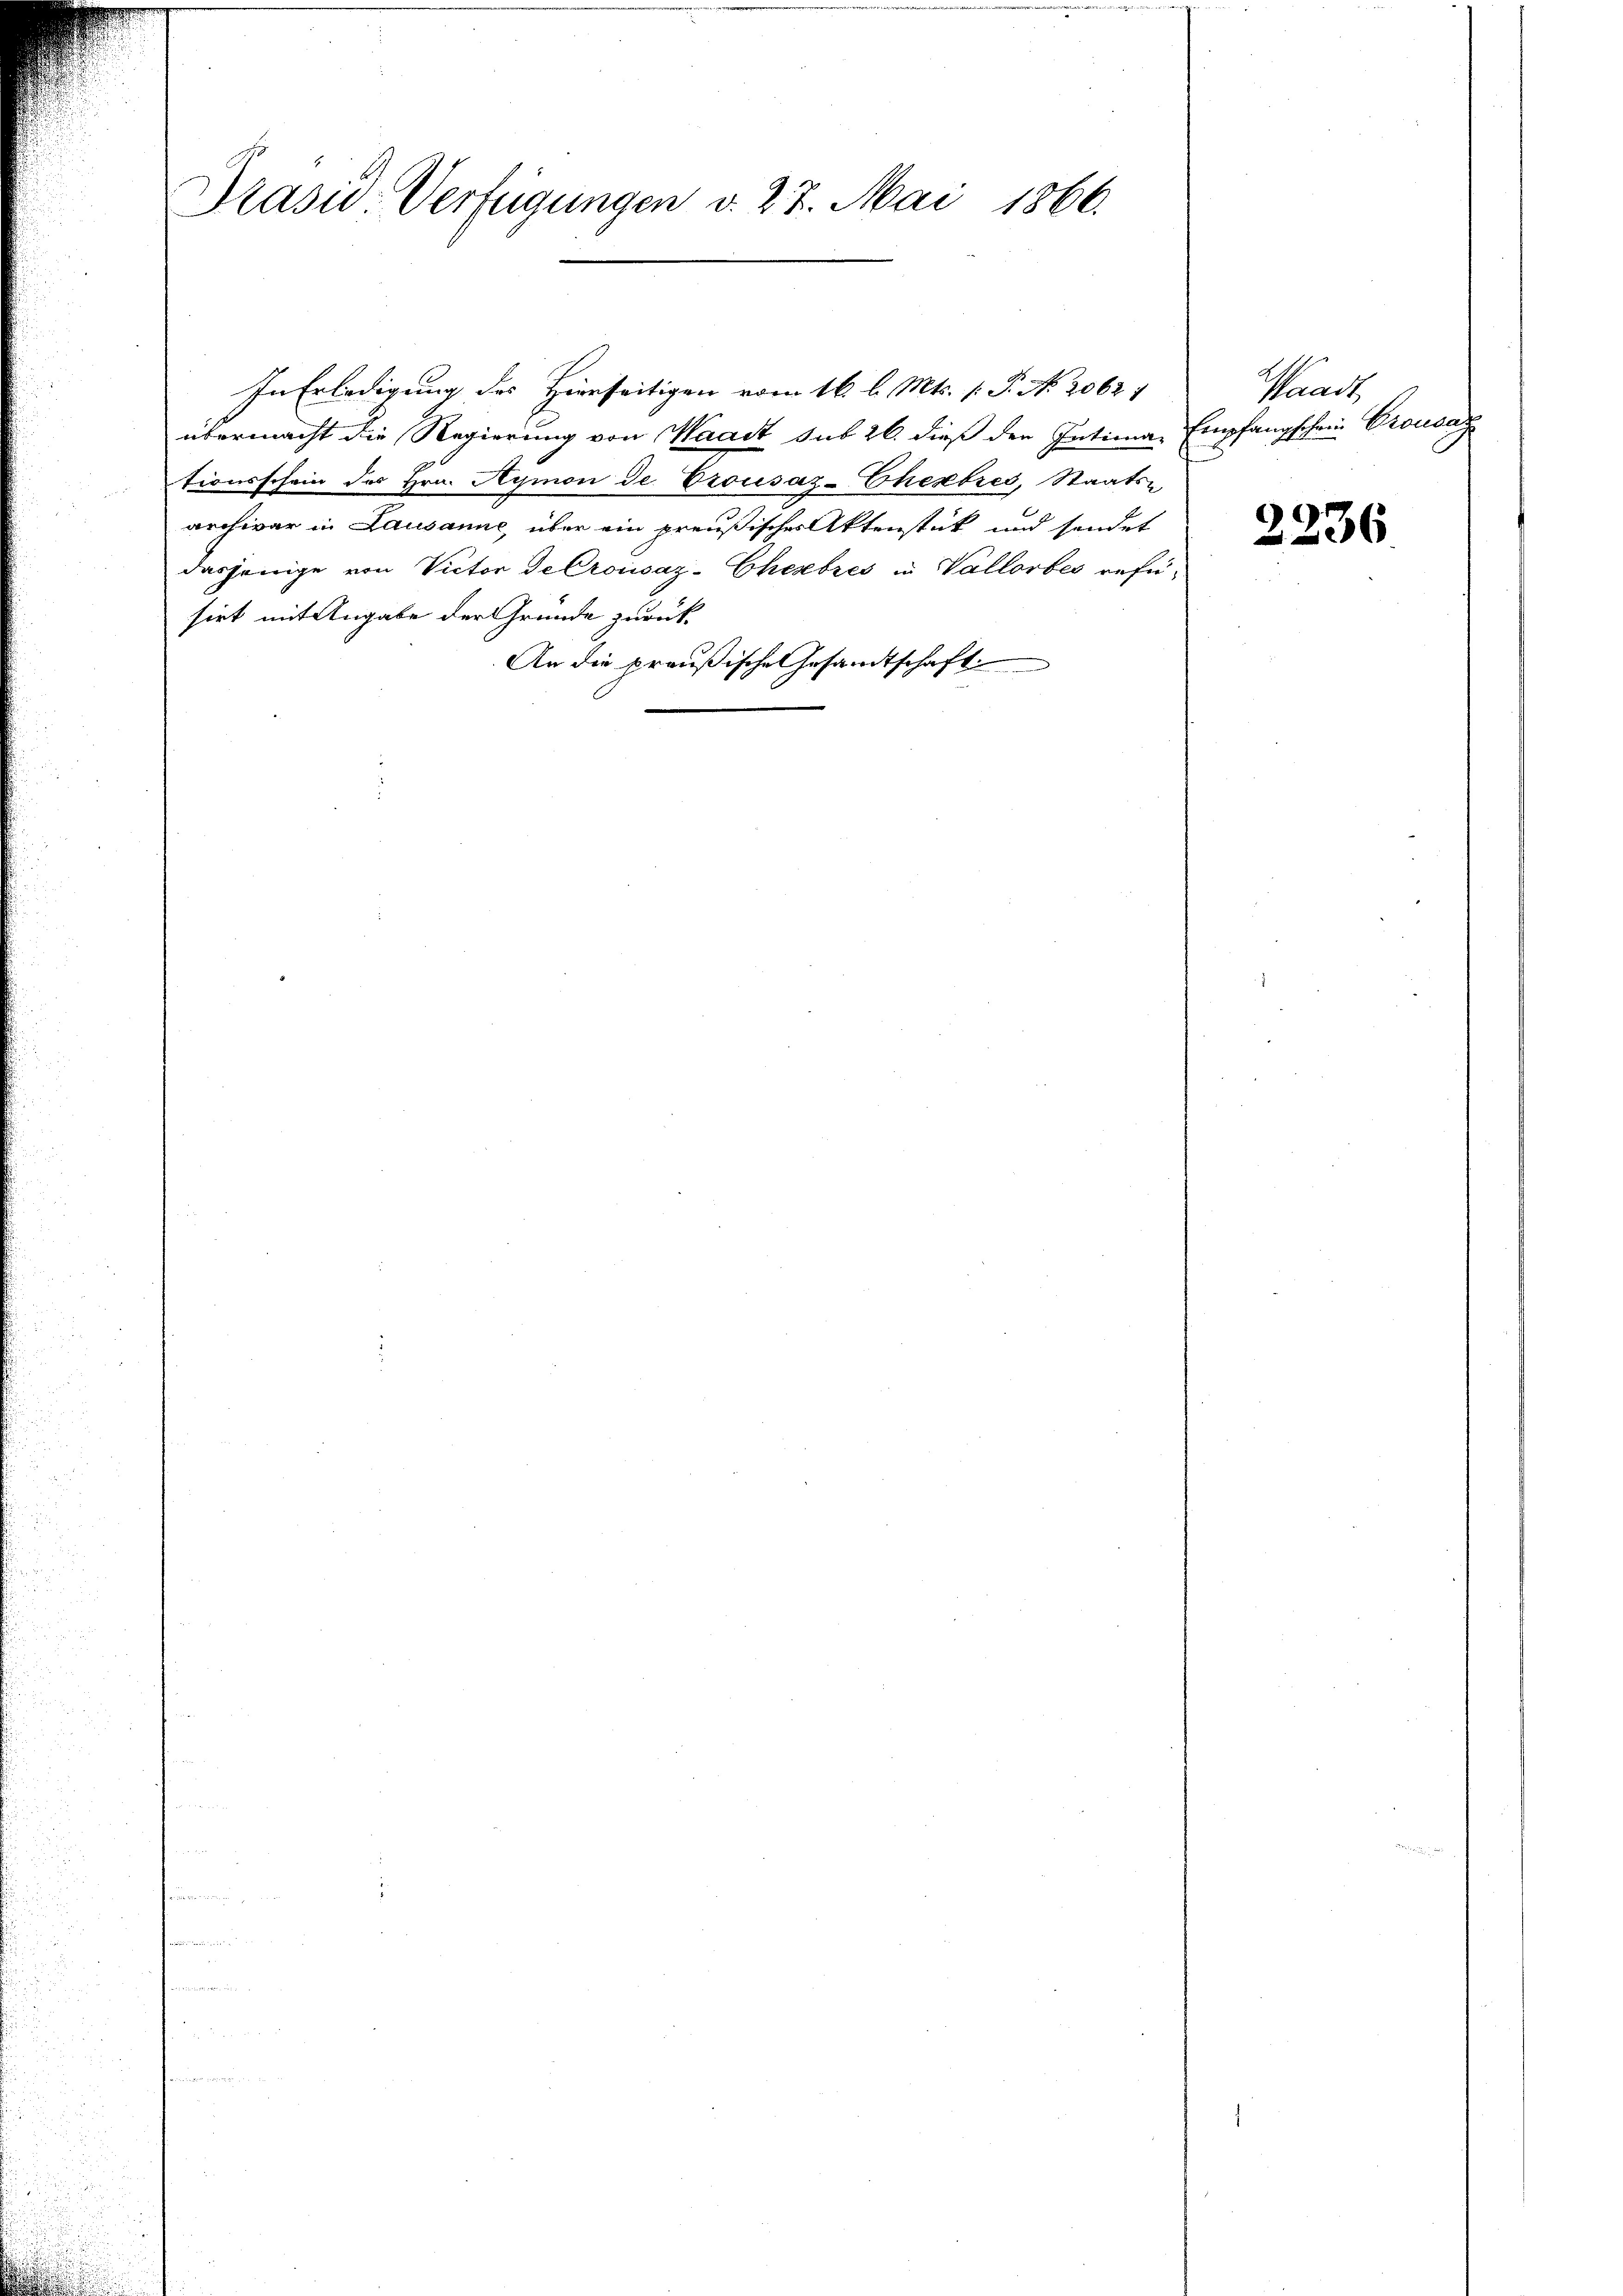
Präsid. Verfügungen v. 27. Mai 1866.

In Erledigung des Hierseitigen vom 16. l. Mts. P. No. 2062 1
übermacht die Regierung von Waadt sub 26. dieß den Intima, Empfangschein Crousaz
tionsschein des Hrn. Aymon de Crousaz-Chexbres, Staats-
archivar in Lausanne, über ein preußischer Aktenstück und sendet
dasjenige von Victor de Crousaz-Cherbres in Vallorbes refüsirt mit Angabe der Gründe zurück
An die preußische Gesandtschaft

Waadt,

2236